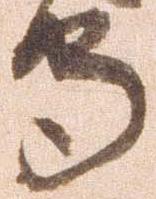
守